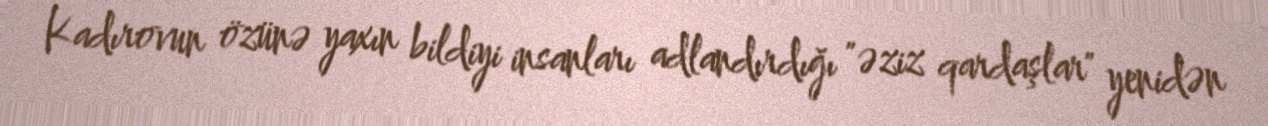
Kadırovun özünə yaxın bildiyi insanları adlandırdığı "əziz qardaşlar" yenidən